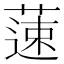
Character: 䔎